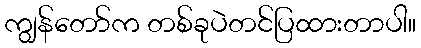
ကျွန်တော်က တစ်ခုပဲတင်ပြထားတာပါ။